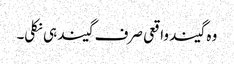
وہ گیند واقعی صرف گیند ہی نکلی۔